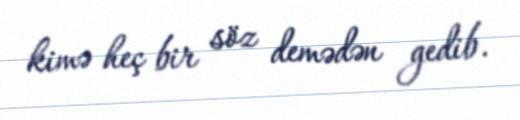
kimə heç bir söz demədən gedib.